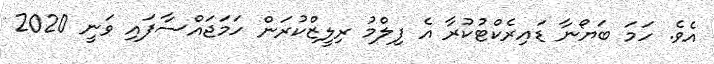
އެވެ. ހަމަ ބަޔޯނާ ޑައިރެކްޓުކުރާ އެ ފިލްމު ރިލީޒްކުރަން ހަމަޖައްސާފައި ވަނީ 2020